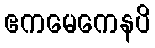
ဧကမေကေနပိ